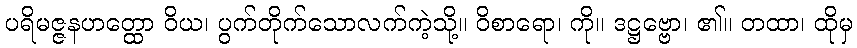
ပရိမဇ္ဇနဟတ္ထော ဝိယ၊ ပွက်တိုက်သောလက်ကဲ့သို့။ ဝိစာရော၊ ကို။ ဒဋ္ဌဗ္ဗော၊ ၏။ တထာ၊ ထိုမှ